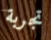
تجربة